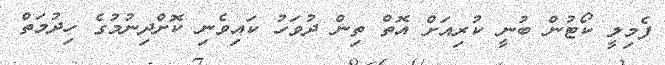
ފެމިލީ ކޯޓުން ބުނީ ކުރިއަށް އޮތް ތިން ދުވަހު ކައިވެނި ކޮށްދިނުމުގެ ހިދުމަތް